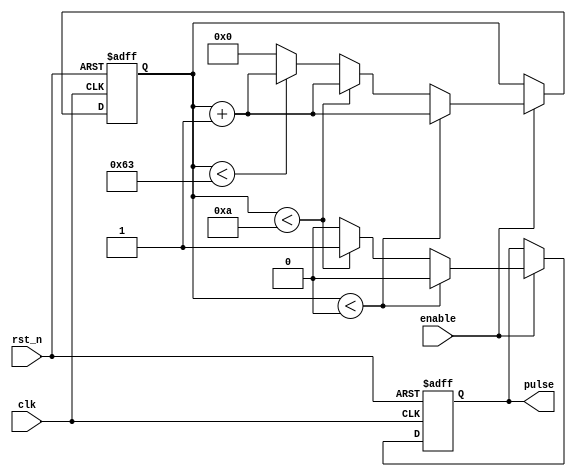
module PulseGenerator (
    input wire clk,
    input wire rst_n,
    input wire enable,
    output reg pulse
);

parameter WIDTH = 6'd10; // Pulse width parameter
parameter PERIOD = 7'd100; // Pulse period parameter
parameter DELAY = 8'd0; // Pulse delay parameter

reg [15:0] counter;
reg pulse_reg;

always @(posedge clk or negedge rst_n) begin
    if (~rst_n) begin
        counter <= 16'd0;
        pulse_reg <= 1'b0;
    end else if (enable) begin
        if (counter < DELAY) begin
            counter <= counter + 1;
            pulse_reg <= 1'b0;
        end else if (counter < DELAY + WIDTH) begin
            counter <= counter + 1;
            pulse_reg <= 1'b1;
        end else if (counter < PERIOD - 1) begin
            counter <= counter + 1;
            pulse_reg <= 1'b0;
        end else begin
            counter <= 16'd0;
            pulse_reg <= 1'b0;
        end
    end
end

assign pulse = pulse_reg;

endmodule